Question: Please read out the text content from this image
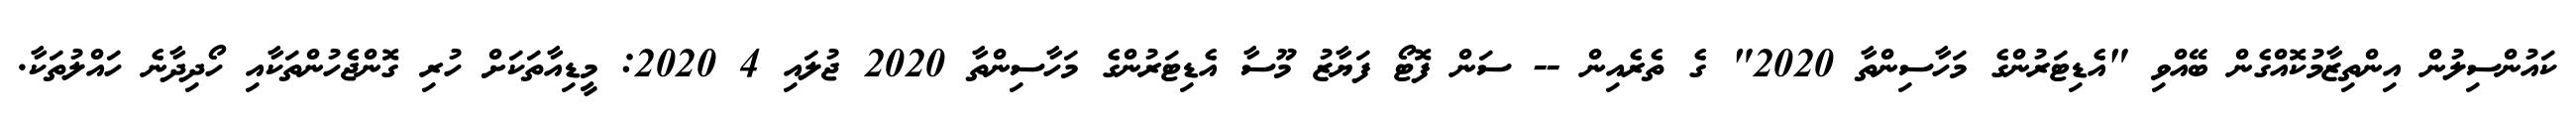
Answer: ކައުންސިލުން އިންތިޒާމުކޮއްގެން ބޭއްވި "އެޑިޓަރުންގެ މަހާސިންތާ 2020" ގެ ތެރެއިން -- ސަން ފޮޓޯ ފަޔާޒު މޫސާ އެޑިޓަރުންގެ މަހާސިންތާ 2020 ޖުލައި 4 2020: މީޑިއާތަކަށް ހުރި ގޮންޖެހުންތަކާއި ހޯދިދާނެ ހައްލުތަކާ.